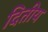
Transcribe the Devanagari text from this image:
दितीय